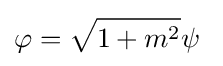
\varphi ={\sqrt {1+m^{2}}}\psi \